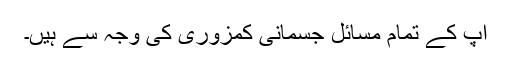
آپ کے تمام مسائل جسمانی کمزوری کی وجہ سے ہیں۔